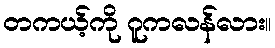
တကယ့်ကို ဂူကလန်လား။